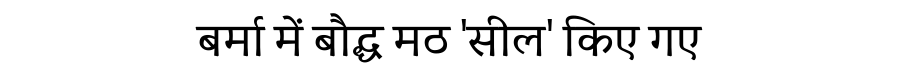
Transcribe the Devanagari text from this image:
बर्मा में बौद्ध मठ 'सील' किए गए